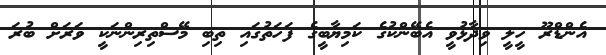
އެންޑްރޫ ހީލީ ވިދާޅުވީ އެބޭންކުގެ ކަމިޔާބީގެ ފަހަތުގައި ތިބި މޭސްތިރިންނަކީ ވަރަށް ބުރަ